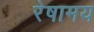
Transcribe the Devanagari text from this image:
रेषामय